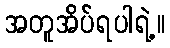
အတူအိပ်ရပါရဲ့။